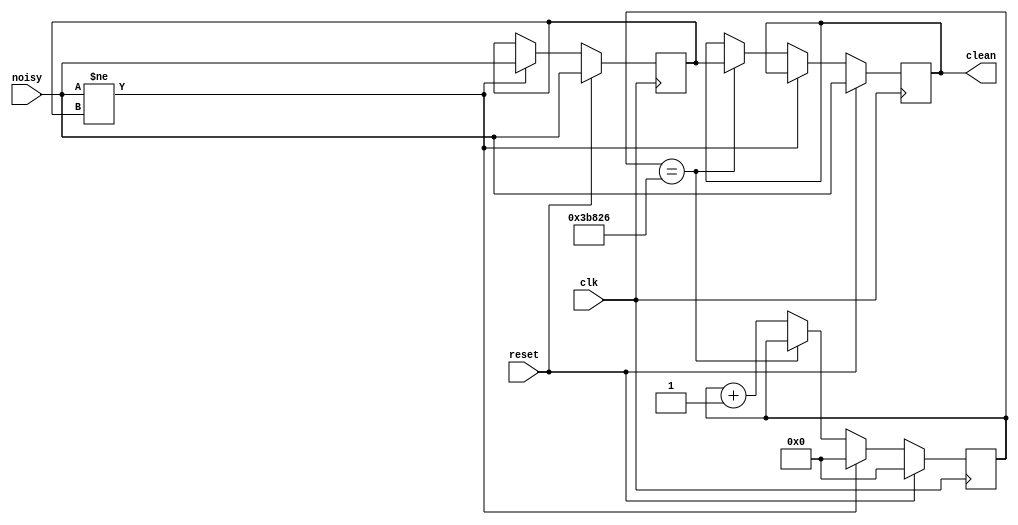
`timescale 1ns / 1ps
//////////////////////////////////////////////////////////////////////////////////
// Company: 
// Engineer: 
// 
// Design Name: 
// Module Name:    debounce 
// Project Name: 
// Target Devices: 
// Tool versions: 
// Description: 
//
// Dependencies: 
//
// Revision: 
// Revision 0.01 - File Created
// Additional Comments: 
//
//////////////////////////////////////////////////////////////////////////////////
module debounce (reset, clk, noisy, clean);

   input reset, clk, noisy;
   output clean;

   parameter NDELAY = 243750; // was 650000 for 100MHz clock
   parameter NBITS = 18;

   reg [NBITS-1:0] count;
   reg xnew, clean;

	always @(posedge clk)
		if (reset) begin xnew <= noisy; clean <= noisy; count <= 0; end
		else if (noisy != xnew) begin xnew <= noisy; count <= 0; end
		else if (count == NDELAY) clean <= xnew;
		else count <= count+1;

endmodule